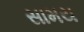
સામય